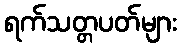
ရက်သတ္တပတ်များ